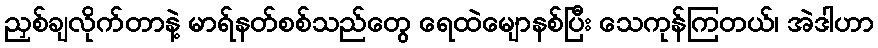
ညှစ်ချလိုက်တာနဲ့ မာရ်နတ်စစ်သည်တွေ ရေထဲမျောနစ်ပြီး သေကုန်ကြတယ်၊ အဲဒါဟာ